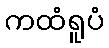
ကထံရူပံ